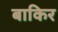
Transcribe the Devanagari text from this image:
बाकिर